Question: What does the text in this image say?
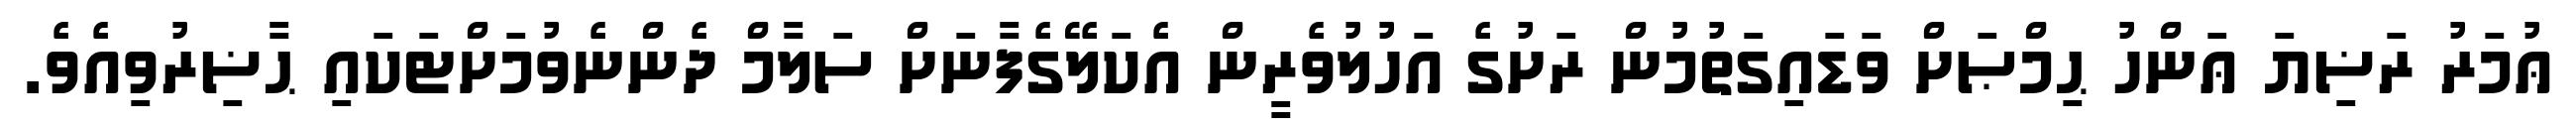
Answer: ޢުމަރު ރަޟިޔަ ޢަންހު ޙިމްޞަށް ވަޑައިގަތުމުން ރަށުގެ އަހުލުވެރީން އެކަލޭގެފާނަށް ސަލާމް ދެންނެވުމަށްޓަކައި ޙާޟިރުވިއެވެ.